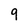
Character: 9